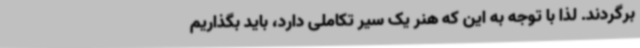
برگردند. لذا با توجه به این که هنر یک سیر تکاملی دارد، باید بگذاریم